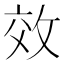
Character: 效